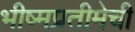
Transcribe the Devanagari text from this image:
भीष्मप्रतीमेची